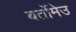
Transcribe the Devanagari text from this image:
बर्तोमेउ